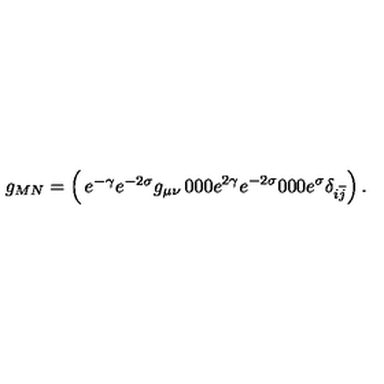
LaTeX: g _ { M N } = \left( \begin{matrix} { e ^ { - \gamma } e ^ { - 2 \sigma } g _ { \mu \nu } } & { 0 } & { 0 } \\ { 0 } & { e ^ { 2 \gamma } e ^ { - 2 \sigma } } & { 0 } \\ { 0 } & { 0 } & { e ^ { \sigma } \delta _ { i \overline { j } } } \\ \end{matrix} \right) .